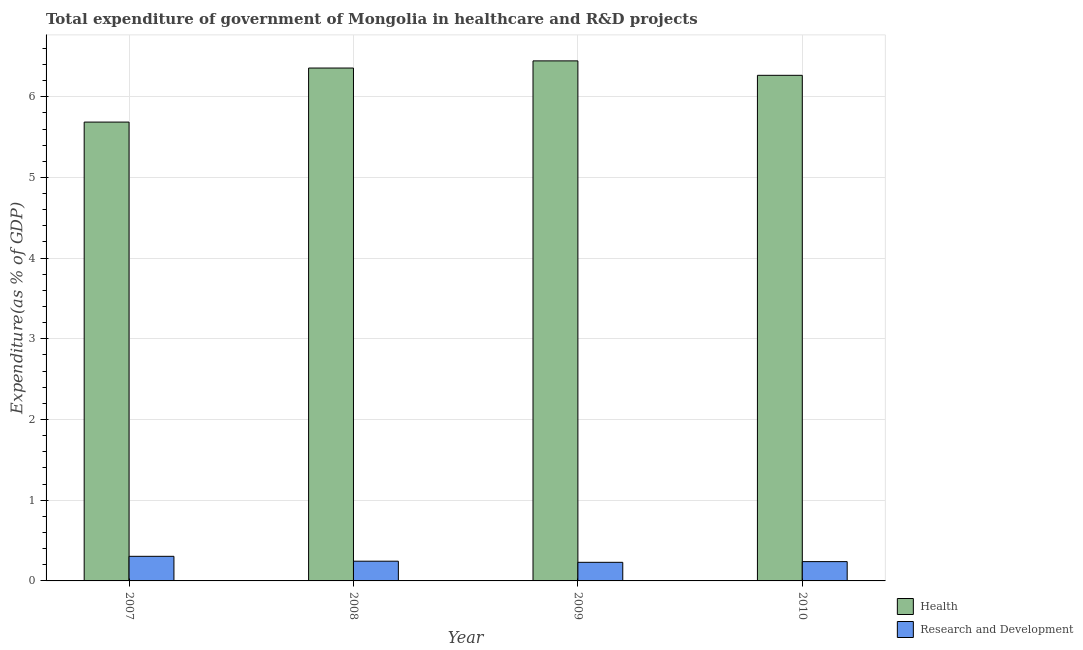
| Year | Health | Research and Development |
 | --- | --- | --- |
 | 2007 | 5.69 | 0.305 |
 | 2008 | 6.36 | 0.244 |
 | 2009 | 6.44 | 0.231 |
 | 2010 | 6.27 | 0.239 |